Punjab Mental Hospital Lahore 1922-31 - 1922-1931
Year: 1922
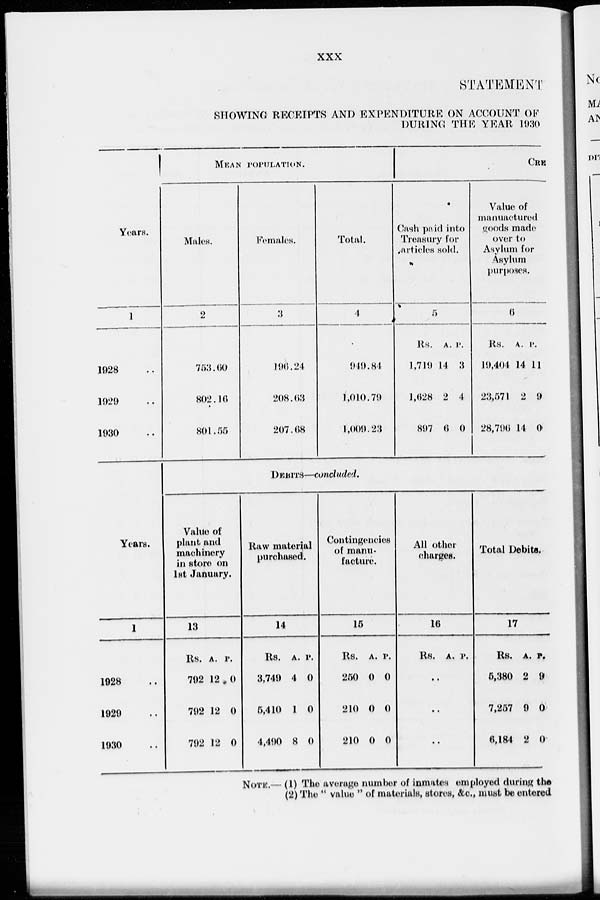
xxx
STATEMENT
SHOWING RECEIPTS AND EXPENDITURE ON ACCOUNT OF
DURING THE YEAR 1930
Years.
1
1928 ..
1929 ..
1930 ..
Years.
1
1928 ..
1929 ..
1930 ..
MEAN POPULATION.
Males.
2
753.60
802.16
801.55
Females.
3
196.24
208.63
207.68
Total.
4
949.84
1,010.79
1,009.23
CRE
Cash paid into
Treasury for
articles sold.
5
Rs.
1,719
1,628
897
A.
14
2
6
P.
3
4
0
Value of
manuactured
goods made
over to
Asylum for
Asylum
purposes.
6
Rs.
19,404
23,571
28,796
A.
14
2
14
P.
11
9
0
DEBITS—concluded.
Value of
plant and
machinary
in store on
1st January.
13
Rs.
792
792
792
A.
12
12
12
P.
0
0
0
Raw material
purchased.
14
Rs.
3,749
5,410
4,490
A.
4
1
8
P.
0
0
0
Contingencies
of manu-
facture.
15
Rs.
250
210
210
A.
0
0
0
P.
0
0
0
All other
charges.
16
Rs. A.
P.
..
..
..
Total Debits.
17
Rs.
5,380
7,257
6,184
A.
2
9
2
P.
9
0
0
NOTE.— (1) The average number of inmates employed during the
(2) The " value " of materials, stores, &c., must be entered